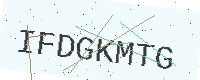
Text: IFDGKMTG